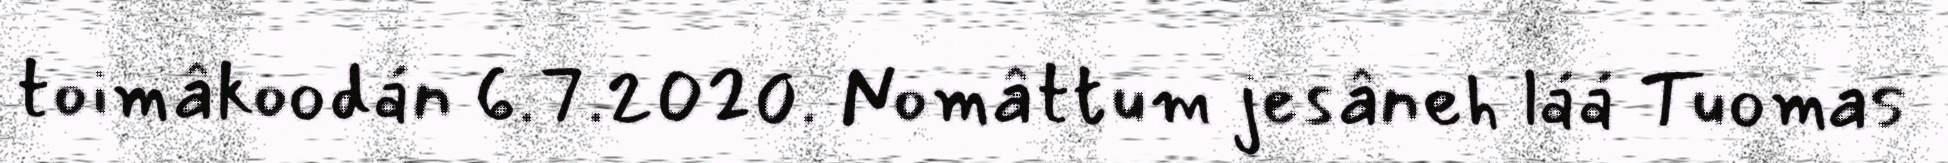
toimâkoodán 6.7.2020. Nomâttum jesâneh láá Tuomas